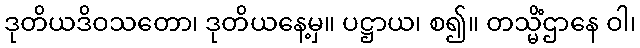
ဒုတိယဒိဝသတော၊ ဒုတိယနေ့မှ။ ပဋ္ဌာယ၊ စ၍။ တသ္မိံဌာနေ ဝါ၊